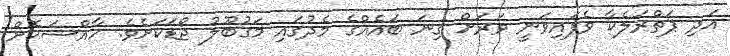
އަދި ޕަތްރަލެކާ ވެފައިވަނީ ވަރަށް ގިނަ ބައެއްގެ މެދުގައި މަގުބޫލު ޖޯޑަކަށެވެ. ހާއްސަކޮށް